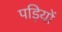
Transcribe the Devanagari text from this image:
पड़ियों